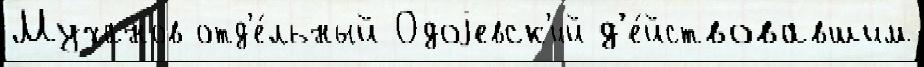
Муханов отд'е́льный Одоjевск'ий д'е́йствовавшим